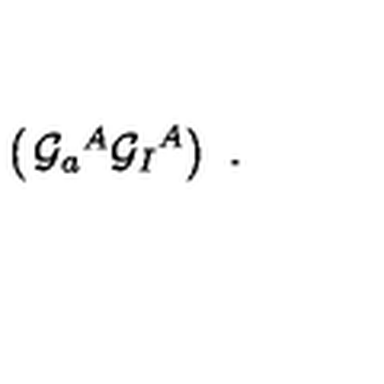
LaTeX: \left( \begin{matrix} { { \cal G } _ { a } { } ^ { A } } \\ { { \cal G } _ { I } { } ^ { A } } \\ \end{matrix} \right) \ .